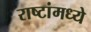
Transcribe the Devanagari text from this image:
राष्टांमध्ये